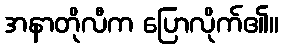
အနာတိုလီက ပြောလိုက်၏။